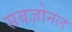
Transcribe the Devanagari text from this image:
सबज़ोनल